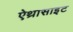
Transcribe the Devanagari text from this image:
ऐथ्रासाइट